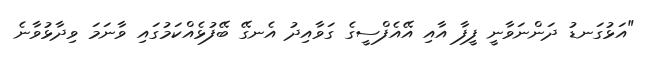
"އަޅުގަނޑު ދަންނަވާނީ ފީފާ އާއި އޭއެފްސީގެ ގަވާއިދު އެނގޭ ބޭފުޅެއްކަމުގައި ވާނަމަ ވިދާޅުވާނެ